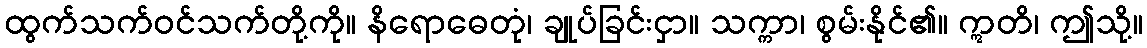
ထွက်သက်ဝင်သက်တို့ကို။ နိရောဓေတုံ၊ ချုပ်ခြင်းငှာ။ သက္ကာ၊ စွမ်းနိုင်၏။ ဣတိ၊ ဤသို့။